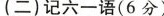
(二)记六一语(6分)